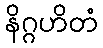
နိဂ္ဂဟိတံ